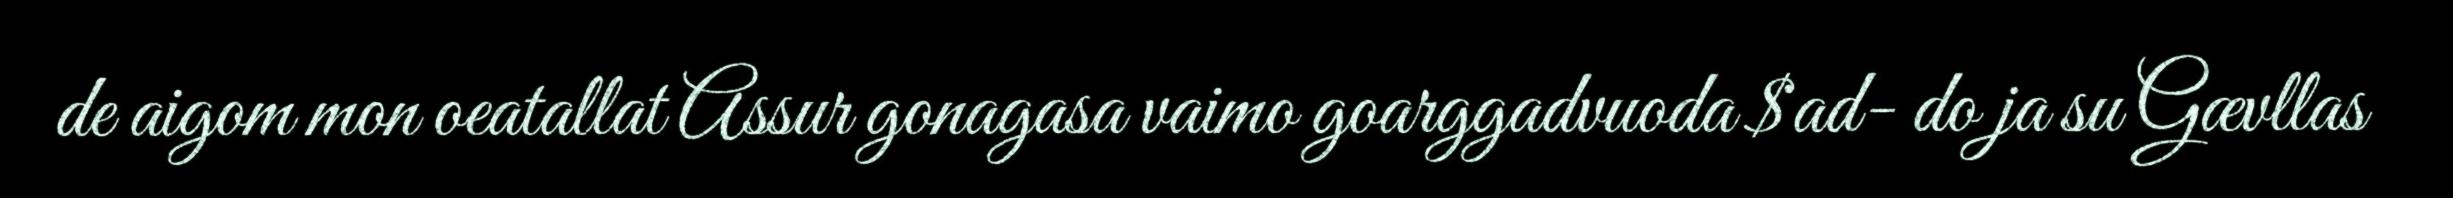
de aigom mon oeatallat Assur gonagasa vaimo goarggadvuoda $ad- do ja su Gævllas